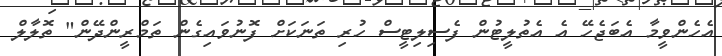
އެހެންވީމާ އެބަޖެހޭ އެ އެތުލީޓުން ފެސިލިޓީސް ހުރި ތަނަކަށް ފޮނުވައިގެން ތަމްރީންދޭން" ތޮލާލް